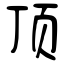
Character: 顶